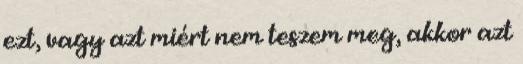
ezt, vagy azt miért nem teszem meg, akkor azt